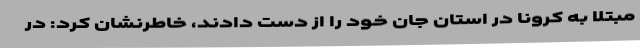
مبتلا به کرونا در استان جان خود را از دست دادند، خاطرنشان کرد: در